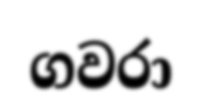
ගවරා